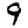
Digit: 9